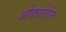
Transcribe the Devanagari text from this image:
ओढ्यातील